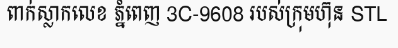
ពាក់ស្លាកលេខ ភ្នំពេញ 3C-9608 របស់ក្រុមហ៊ុន STL